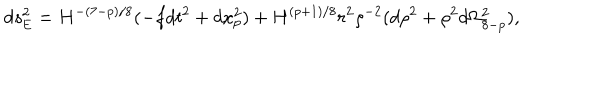
d s _ { \mathrm { E } } ^ { 2 } = H ^ { - ( 7 - p ) / 8 } ( - f d t ^ { 2 } + d x _ { p } ^ { 2 } ) + H ^ { ( p + 1 ) / 8 } r ^ { 2 } \rho ^ { - 2 } ( d \rho ^ { 2 } + \rho ^ { 2 } d \Omega _ { 8 - p } ^ { 2 } ) ,